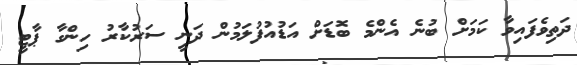
ދަތިވެފައިވާ ކަމަށް ބުނެ އެންމެ ބޮޑަށް އަޑުއުފުލަމުން ދަނީ ސަރުކާރު ހިންގާ ޕާޓީ